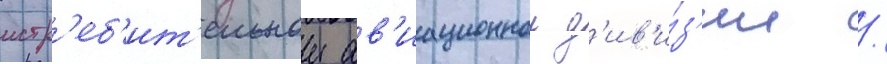
истр'еб'ит'ельнои ав'иационнои д'ив'и́з'ии /